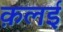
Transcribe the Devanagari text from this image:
क़लई